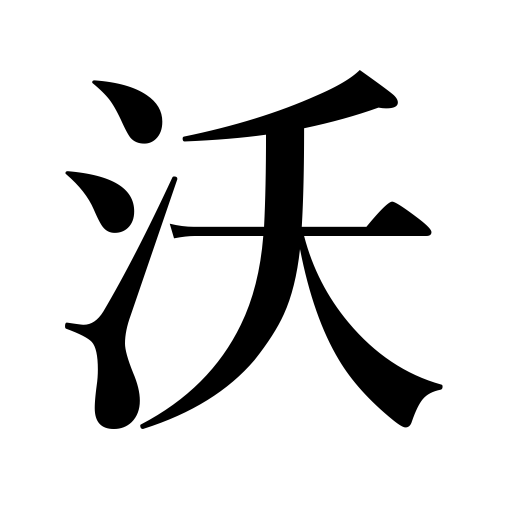
Meanings: pour,fertility